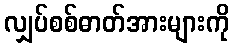
လျှပ်စစ်ဓာတ်အားများကို